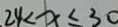
2 4 < x \leq 3 0